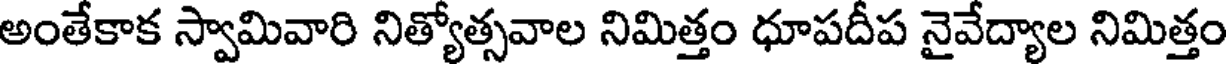
అంతేకాక స్వామివారి నిత్యోత్సవాల నిమిత్తం ధూపదీప నైవేద్యాల నిమిత్తం